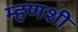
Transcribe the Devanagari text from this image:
म्हणशी